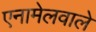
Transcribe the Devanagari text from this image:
एनामेलवाले